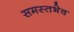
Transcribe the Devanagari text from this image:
समस्तभेव